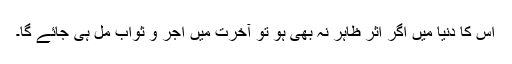
اِس کا دُنیا میں اگر اثر ظاہِر نہ بھی ہو تَو آخِرت میں اَجْر و ثواب مِل ہی جائے گا۔